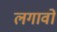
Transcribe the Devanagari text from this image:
लगावों